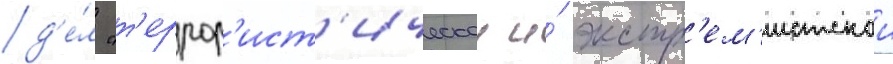
д'е́л "т'еррор'ист'ическои и́ экстр'ем'истскои